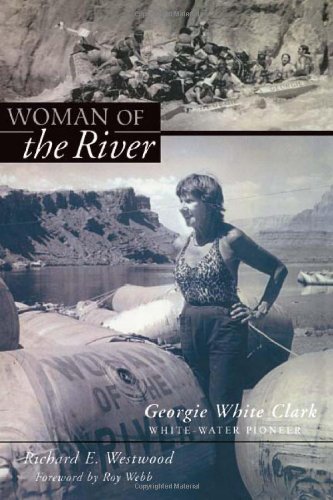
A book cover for Woman Of The River: Georgie White Clark, Whitewater Pioneer; Richard Westwood; Sports & Outdoors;